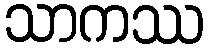
သာကဿ